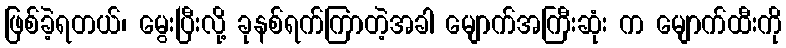
ဖြစ်ခဲ့ရတယ်၊ မွေးပြီးလို့ ခုနစ်ရက်ကြာတဲ့အခါ မျောက်အကြီးဆုံး က မျောက်ထီးကို